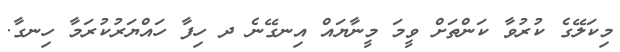
މިކަލޭގެ ކުރުވާ ކަންތަށް ވީމަ މީނާޔައް އިނގޭނެ ދ ހިފާ ހައްޔަރުކުރަމާ ހިނގާ.